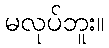
မလုပ်ဘူး။